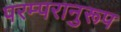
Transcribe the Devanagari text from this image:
परम्परानुरूप